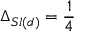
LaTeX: \Delta _ { S l ( d ) } = \frac { 1 } { 4 }